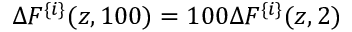
\Delta F ^ { \{ i \} } ( z , 1 0 0 ) = 1 0 0 \Delta F ^ { \{ i \} } ( z , 2 )